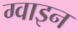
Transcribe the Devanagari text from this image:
ग्वाइन